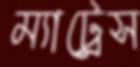
ম্যাট্রেস